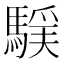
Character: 𩤻